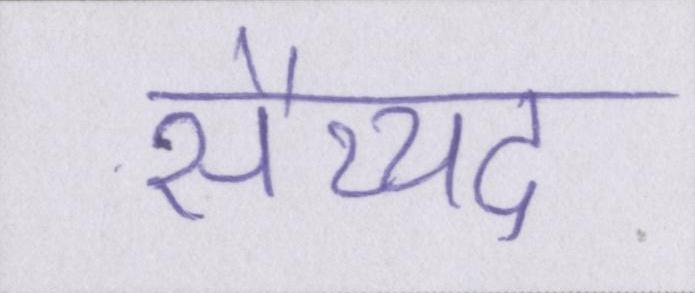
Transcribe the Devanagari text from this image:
सैय्यद